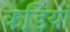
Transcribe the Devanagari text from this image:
कडि़यां